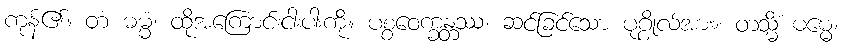
ကုန်၏။ တံ ဓမ္မံ၊ ထိုအကြောင်းငါးပါးကို။ ပစ္စဝေက္ခန္တဿ၊ ဆင်ခြင်သော ပုဂ္ဂိုလ်အား။ တသ္မိံ ဓမ္မေ၊